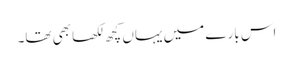
اس بارے میں یہاں کچھ لکھا بھی تھا۔